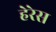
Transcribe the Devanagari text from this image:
हेरेस